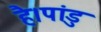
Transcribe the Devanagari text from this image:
है।पांडु